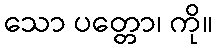
သော ပတ္တော၊ ကို။